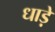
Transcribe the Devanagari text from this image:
धाड़े